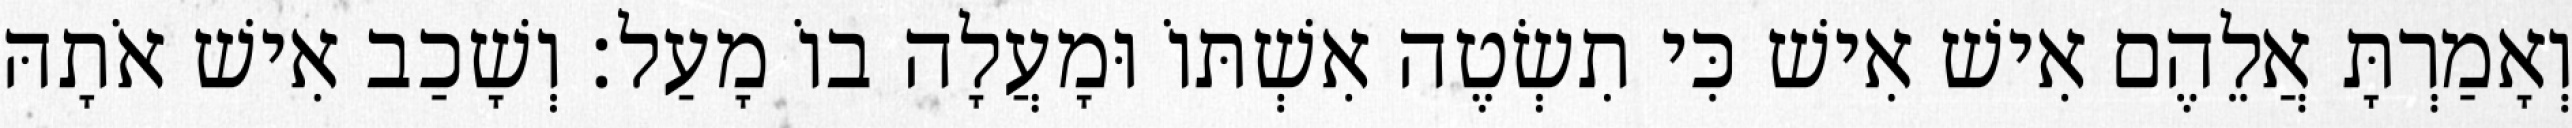
וְאָמַרְתָּ אֲלֵהֶם אִישׁ אִישׁ כִּי תִשְׂטֶה אִשְׁתּוֹ וּמָעֲלָה בוֹ מָעַל׃ וְשָׁכַב אִישׁ אֹתָהּ